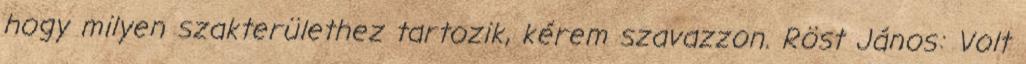
hogy milyen szakterülethez tartozik, kérem szavazzon. Röst János: Volt